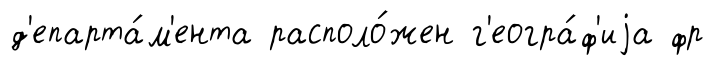
д'епарта́м'ента располо́жен г'еогра́ф'иjа фр